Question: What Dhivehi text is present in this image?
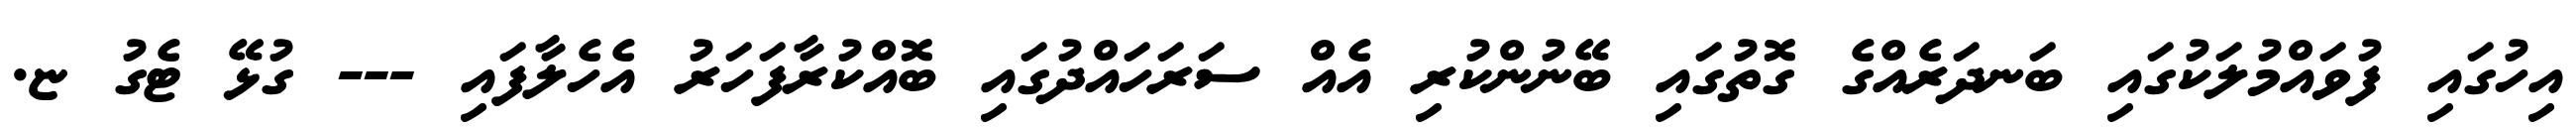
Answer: އިހުގައި ފުވައްމުލަކުގައި ބަނދަރެއްގެ ގޮތުގައި ބޭނުންކުރި އެއް ސަރަހައްދުގައި ބޮއްކުރާފަހަރު އެހެލާފައި --- ގުޅޭ ޓެގު ޏ.